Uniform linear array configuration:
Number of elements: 4
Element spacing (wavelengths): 1
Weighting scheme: hamming
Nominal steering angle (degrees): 45
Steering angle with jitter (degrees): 46.536
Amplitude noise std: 0.05
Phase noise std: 0.05

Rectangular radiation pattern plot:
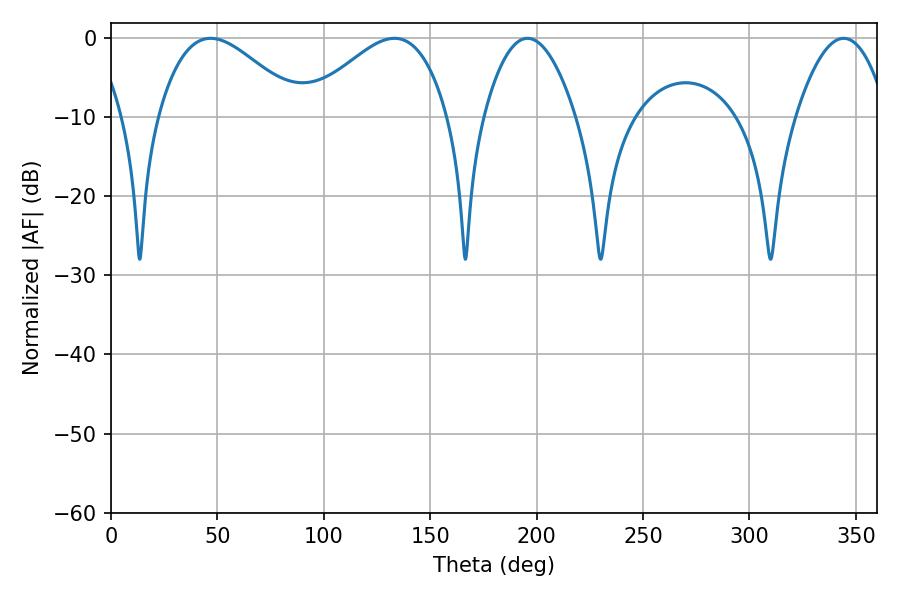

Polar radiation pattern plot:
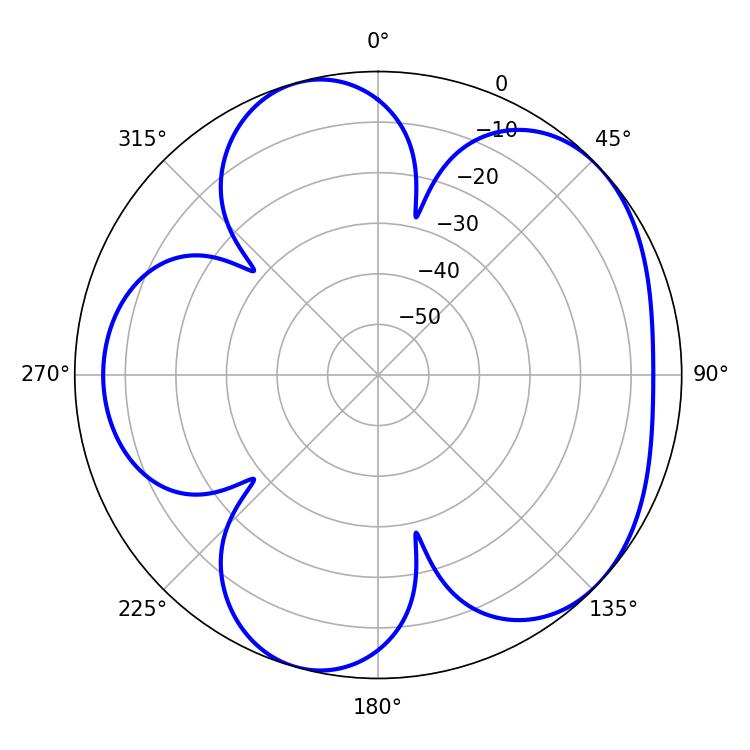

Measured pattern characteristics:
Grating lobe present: TRUE
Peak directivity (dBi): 5.023
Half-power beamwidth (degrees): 36
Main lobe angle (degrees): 46.8